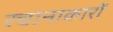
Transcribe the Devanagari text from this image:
रचानाकारों